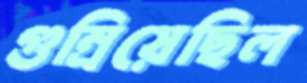
গুম্‌রিয়েছিল